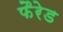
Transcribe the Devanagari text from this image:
फैरेड